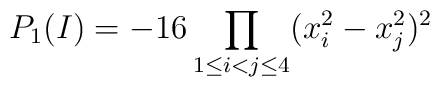
P_1(I) = - 16 \prod_{1 \le i<j \le 4} (x^2_i-x^2_j)^2